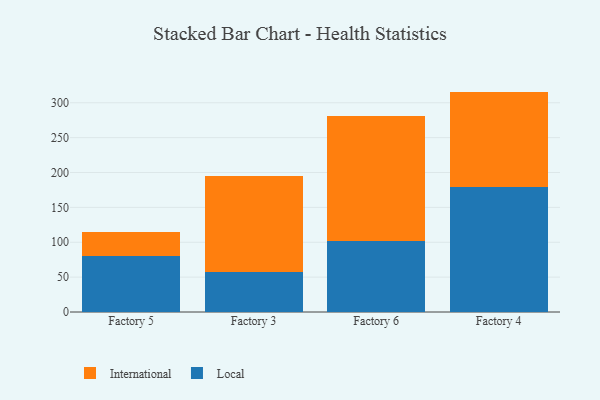
{"axis": {"x": "Factory", "y": "Population (Million)"}, "legend": ["International", "Local"], "data": [{"x": "Factory 5", "y": 80.4, "type": "Local"}, {"x": "Factory 5", "y": 34.6, "type": "International"}, {"x": "Factory 3", "y": 57.5, "type": "Local"}, {"x": "Factory 3", "y": 137.8, "type": "International"}, {"x": "Factory 6", "y": 102.4, "type": "Local"}, {"x": "Factory 6", "y": 178.1, "type": "International"}, {"x": "Factory 4", "y": 179.5, "type": "Local"}, {"x": "Factory 4", "y": 136.5, "type": "International"}]}